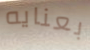
بعنايه